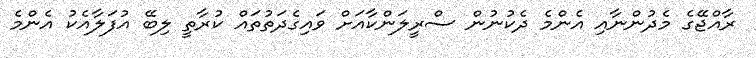
ރާއްޖޭގެ މެދުންނާއި އެންމެ ދެކުނުން ސްރީލަންކާއަށް ވައިގެދަތުތައް ކުރާތީ ލިބޭ އުފަލާއެކު އެންމެ